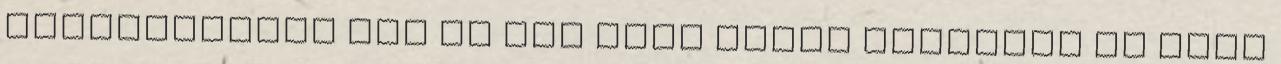
tulajdonában van de pár száz évvel korábban is állt